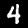
Digit: 4